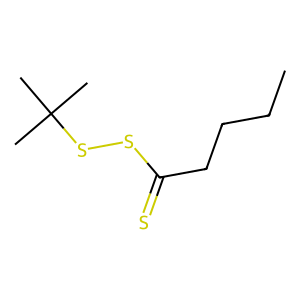
SMILES: CCCCC(=S)SSC(C)(C)C
Inhibits HIV replication: No